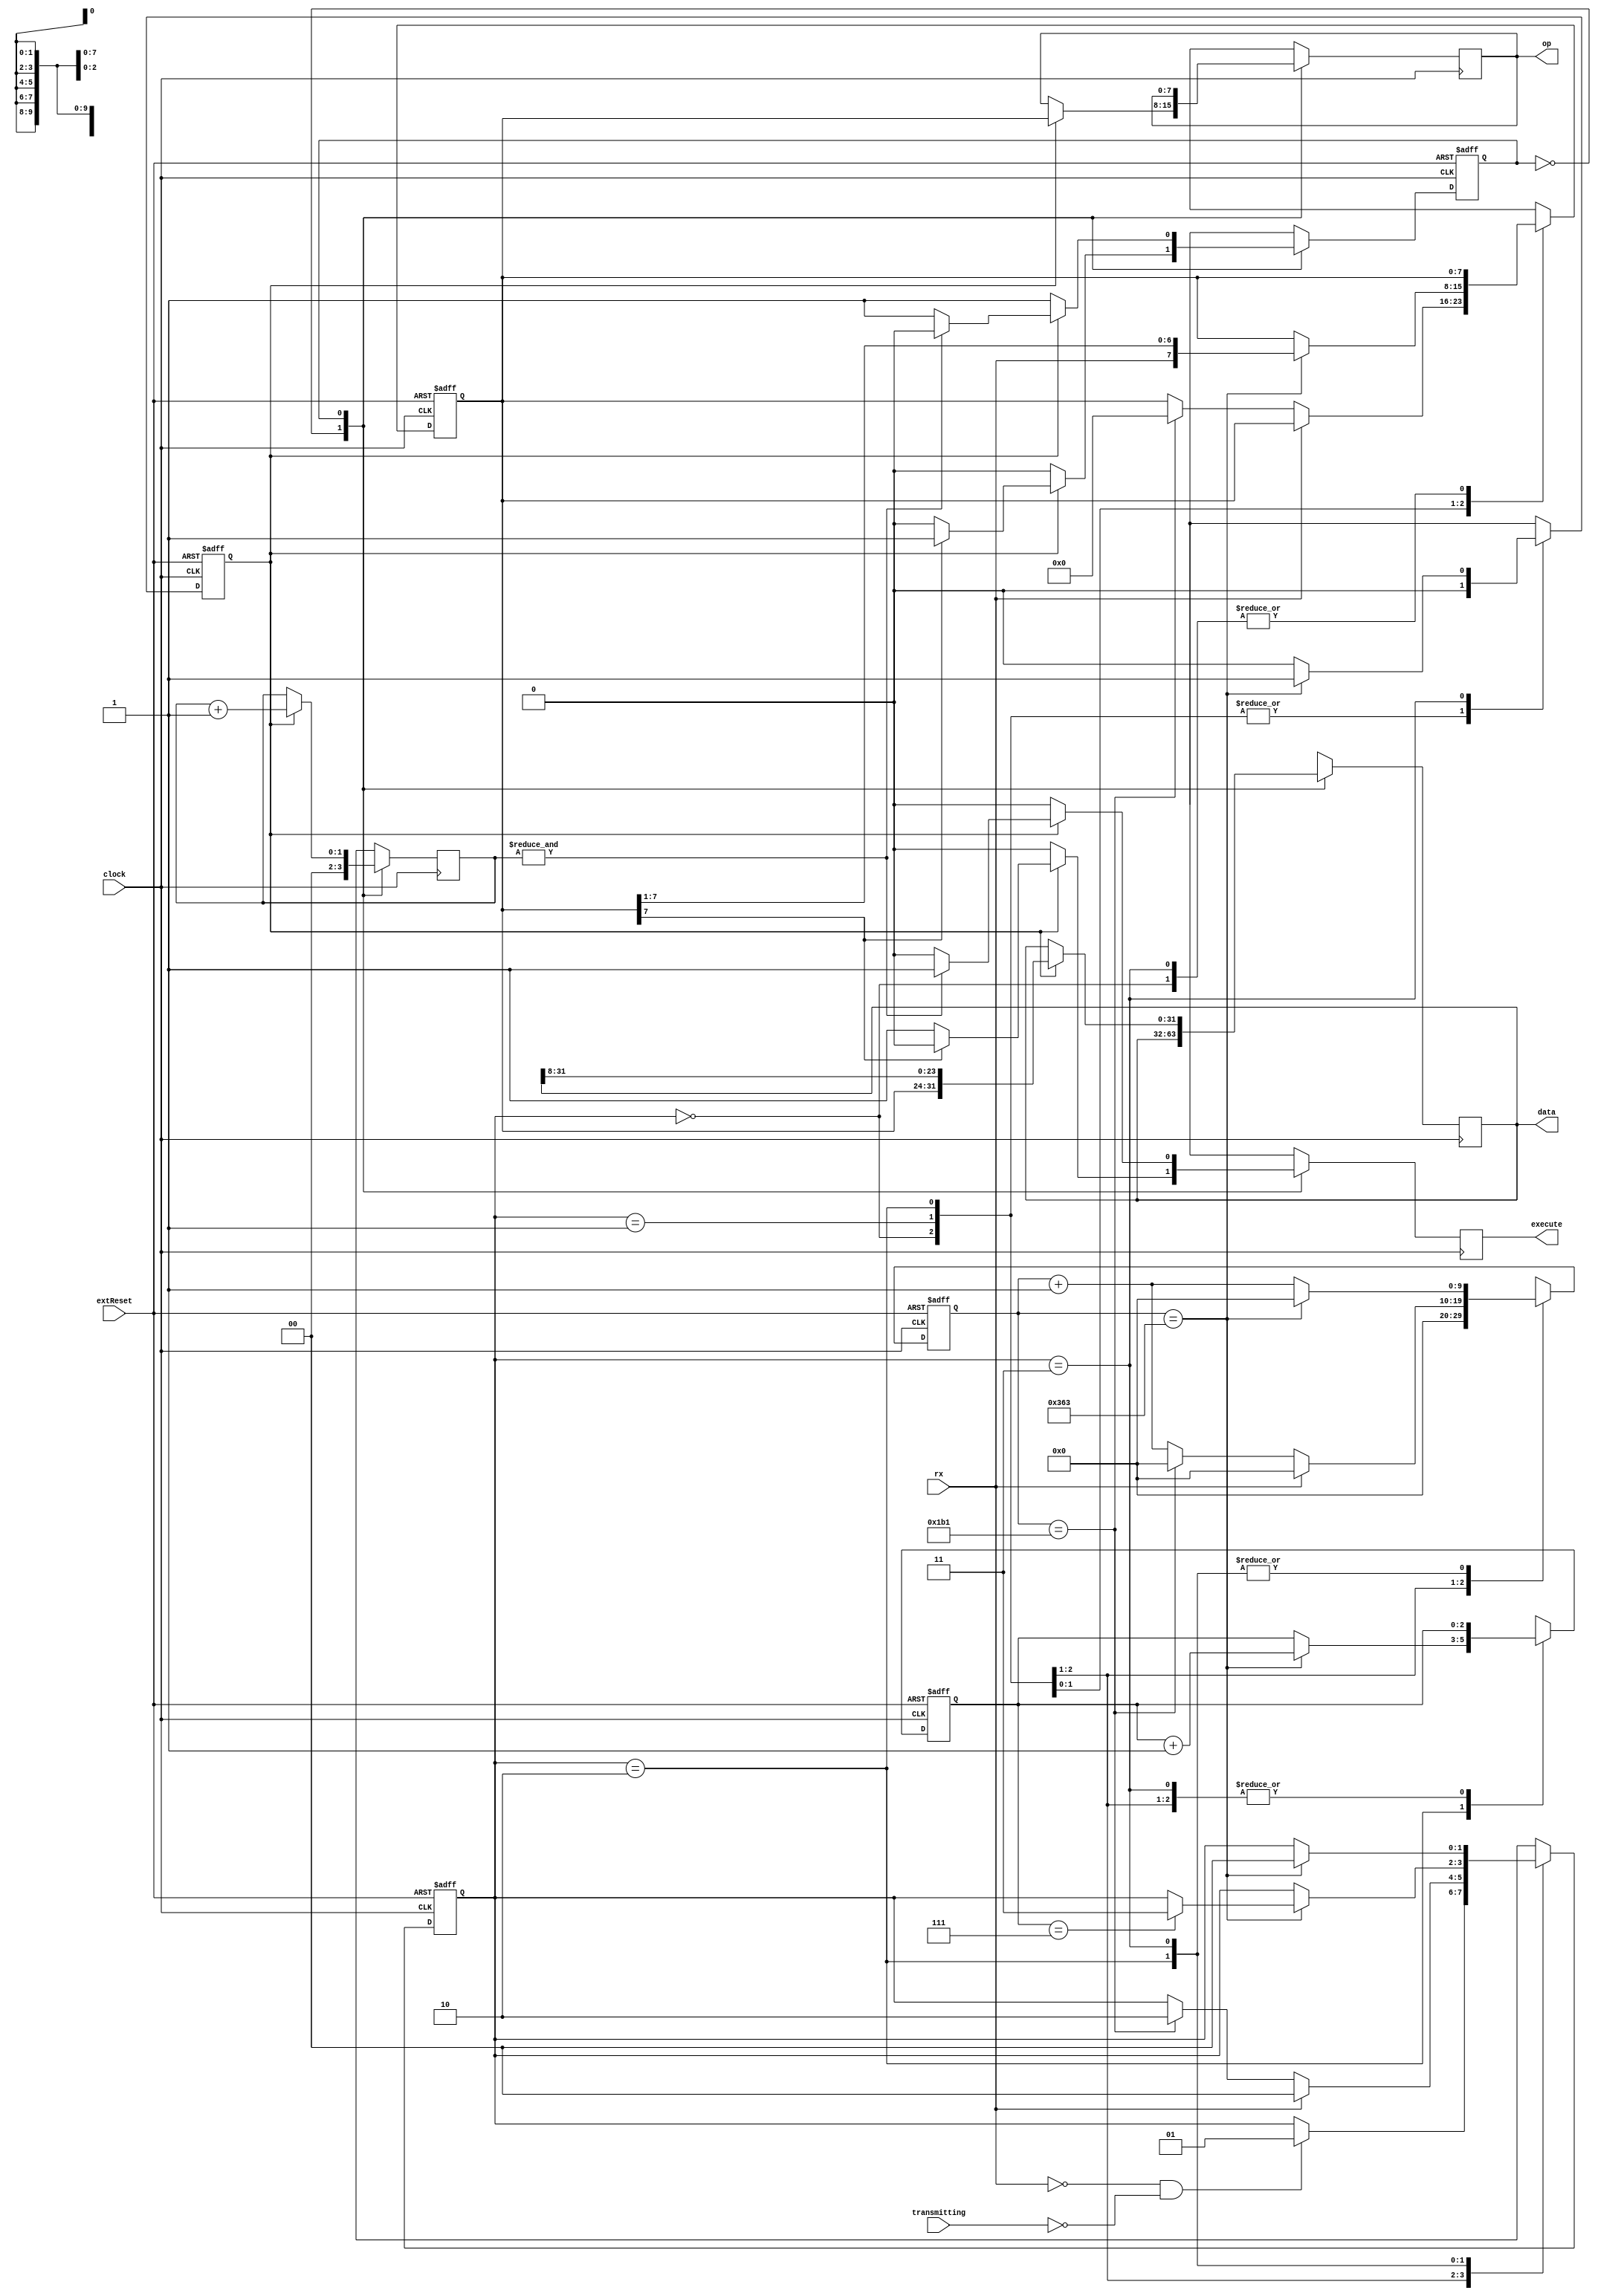
//--------------------------------------------------------------------------------
// spi_receiver.v
//
// Copyright (C) 2006 Michael Poppitz
// 
// This program is free software; you can redistribute it and/or modify
// it under the terms of the GNU General Public License as published by
// the Free Software Foundation; either version 2 of the License, or (at
// your option) any later version.
//
// This program is distributed in the hope that it will be useful, but
// WITHOUT ANY WARRANTY; without even the implied warranty of
// MERCHANTABILITY or FITNESS FOR A PARTICULAR PURPOSE. See the GNU
// General Public License for more details.
//
// You should have received a copy of the GNU General Public License along
// with this program; if not, write to the Free Software Foundation, Inc.,
// 51 Franklin St, Fifth Floor, Boston, MA 02110, USA
//
//--------------------------------------------------------------------------------
//
// Details: http://www.sump.org/projects/analyzer/
//
// Receives commands from the SPI interface. The first byte is the commands
// opcode, the following (optional) four byte are the command data.
// Commands that do not have the highest bit in their opcode set are
// considered short commands without data (1 byte long). All other commands are
// long commands which are 5 bytes long.
//
// After a full command has been received it will be kept available for 10 cycles
// on the op and data outputs. A valid command can be detected by checking if the
// execute output is set. After 10 cycles the registers will be cleared
// automatically and the receiver waits for new data from the serial port.
//
//--------------------------------------------------------------------------------
//
// 12/29/2010 - Verilog Version + cleanups created by Ian Davis (IED) - mygizmos.org
//
// 09/06/2013 - Magnus Karlsson - Converted to serial communication
//

`timescale 1ns/100ps

module serial_receiver(
  clock, extReset, 
  rx, transmitting,
  // outputs...
  op, data, execute);

parameter [31:0] FREQ = 100000000;
parameter [31:0] RATE = 115200;

input clock;
input extReset;
input rx;
input transmitting;
output [7:0] op;
output [31:0] data;
output execute;

parameter 
  READOPCODE = 1'h0,
  READLONG = 1'h1;

parameter [1:0]
  RX_IDLE = 2'h0,
  RX_START = 2'h1,
  RX_RECEIVE = 2'h2,
  RX_STOP = 2'h3;

parameter BITLENGTH = FREQ / RATE;  // 100M / 115200 ~= 868

reg state, next_state;                        // receiver state
reg [1:0] bytecount, next_bytecount;        // count rxed bytes of current command
reg [7:0] opcode, next_opcode;                // opcode byte
reg [31:0] databuf, next_databuf;        // data dword
reg execute, next_execute;

reg [1:0] rx_state, next_rx_state;
reg [9:0] rx_count, next_rx_count;
reg [2:0] bitcount, next_bitcount;
reg [7:0] rxByte, next_rxByte;
reg byteready, next_byteready;

assign op = opcode;
assign data = databuf;


//
// Receive UART - MK
//
always @(posedge clock or posedge extReset) 
begin
  if (extReset) begin
    rx_state = RX_IDLE;
    bitcount = 3'b0;
    rxByte = 8'b0;
    byteready = 1'b0;
    rx_count = 10'd0;
  end else begin 
    rx_state = next_rx_state;
    bitcount = next_bitcount;
    rxByte = next_rxByte;
    byteready = next_byteready;
    rx_count = next_rx_count;
  end
end

always @*
begin
  #1;
  next_rx_state = rx_state;
  next_bitcount = bitcount;
  next_rxByte = rxByte;
  next_byteready = 1'b0;
  next_rx_count = 0;

  case(rx_state)
    RX_IDLE: begin
      if (!rx & !transmitting) begin
        next_rx_state = RX_START;
      end
    end
    RX_START: begin
      if (!rx) begin
        next_rx_count = rx_count + 1'b1;
        if (rx_count == BITLENGTH/2 - 1) begin
          next_rx_state = RX_RECEIVE;
          next_rx_count = 0;
          next_rxByte = 8'b0;
        end
      end else begin
        next_rx_state = RX_IDLE;
      end
    end
    RX_RECEIVE: begin
      next_rx_count = rx_count + 1'b1;
      if (rx_count == BITLENGTH - 1) begin
        next_rx_count = 0;
        next_bitcount = bitcount + 1'b1;
        next_rxByte = {rx, rxByte[7:1]};
        if (bitcount == 3'd7)
          next_rx_state = RX_STOP;
      end
    end
    RX_STOP: begin
      next_rx_count = rx_count + 1'b1;
      if (rx_count == BITLENGTH - 1) begin
        next_rx_count = 0;
        next_byteready = 1'b1;
        next_rx_state = RX_IDLE;
      end
    end
  endcase
end

//
// Command tracking...
//
always @(posedge clock or posedge extReset) 
begin
  if (extReset)
    state = READOPCODE;
  else state = next_state;
end

initial databuf = 0;
always @(posedge clock) 
begin
  bytecount = next_bytecount;
  opcode = next_opcode;
  databuf = next_databuf;
  execute = next_execute;
end

always @*
begin
  #1;
  next_state = state;
  next_bytecount = bytecount;
  next_opcode = opcode;
  next_databuf = databuf;
  next_execute = 1'b0;
  
  case (state)
    READOPCODE : // receive byte
      begin
        next_bytecount = 0;
        if (byteready)
          begin
            next_opcode = rxByte;
            if (rxByte[7])
              next_state = READLONG;
            else // short command
              begin
                next_execute = 1'b1;
                  next_state = READOPCODE;
              end
          end
      end

    READLONG : // receive 4 word parameter
      begin
        if (byteready)
          begin
            next_bytecount = bytecount + 1'b1;
            next_databuf = {rxByte,databuf[31:8]};
            if (&bytecount) // execute long command
              begin
                next_execute = 1'b1;
                  next_state = READOPCODE;
              end
          end
      end
  endcase
end
endmodule